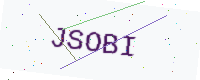
Text: JSOBI